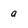
Character: a